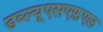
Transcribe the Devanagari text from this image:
डब्ल्यूएसएफ़एल